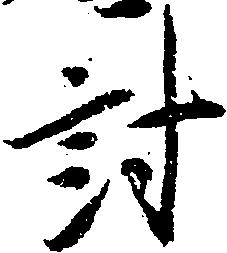
討